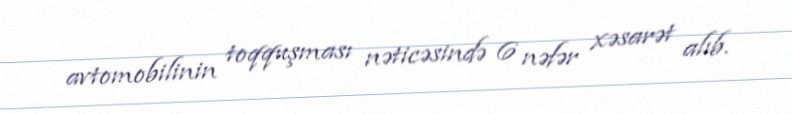
avtomobilinin toqquşması nəticəsində 6 nəfər xəsarət alıb.